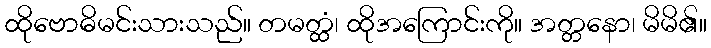
ထိုဗောဓိမင်းသားသည်။ တမတ္ထံ၊ ထိုအကြောင်းကို။ အတ္တနော၊ မိမိ၏။